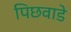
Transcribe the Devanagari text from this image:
पिछवाडे